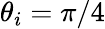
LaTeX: \theta_{i}=\pi/4